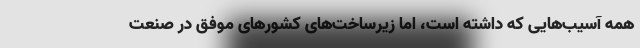
همه آسیب‌هایی که داشته است، اما زیرساخت‌های کشورهای موفق در صنعت